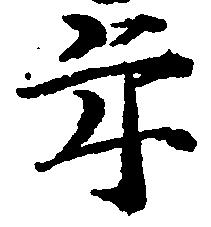
年